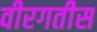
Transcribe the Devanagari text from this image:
वीरगतीस